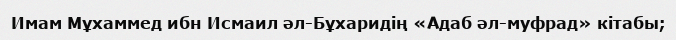
Имам Мұхаммед ибн Исмаил әл-Бұхаридің «Адаб әл-муфрад» кітабы;